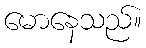
မောနေသည်။